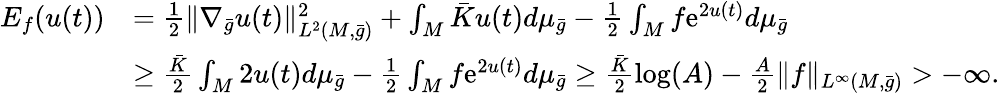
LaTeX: \begin{array}{rl}{E_{f}(u(t))}&{=\frac 12\| \nabla_{\bar{g}}u(t)\| _{L^{2}(M,\bar{g})}^{2}+\int_{M}\bar{K}u(t)d\mu_{\bar{g}}-\frac 12\int_{M}f\mathrm{e}^{2u(t)}d\mu_{\bar{g}}}\\ &{\ge\frac{\bar{K}}{2}\int_{M}2u(t)d\mu_{\bar{g}}-\frac 12\int_{M}f\mathrm{e}^{2u(t)}d\mu_{\bar{g}}\ge\frac{\bar{K}}{2}\log(A)-\frac{A}{2}\| f\| _{L^{\infty}(M,\bar{g})}>-\infty.}\end{array}